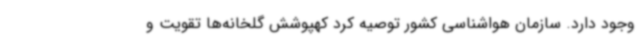
وجود دارد. سازمان هواشناسی کشور توصیه کرد کهپوشش گلخانه‌ها تقویت و